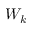
W _ { k }